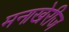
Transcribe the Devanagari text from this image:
मनाखेरीज